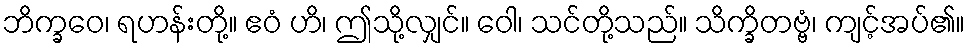
ဘိက္ခဝေ၊ ရဟန်းတို့။ ဧဝံ ဟိ၊ ဤသို့လျှင်။ ဝေါ၊ သင်တို့သည်။ သိက္ခိတဗ္ဗံ၊ ကျင့်အပ်၏။